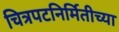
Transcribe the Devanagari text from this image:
चित्रपटनिर्मितीच्या